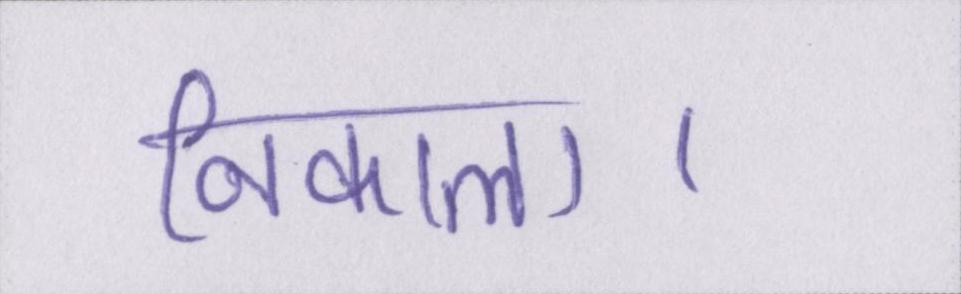
निकाला।